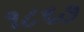
૧૮૬૭